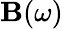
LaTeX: \mathbf{B}(\omega)